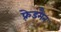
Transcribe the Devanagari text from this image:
फ़्रेडमैन